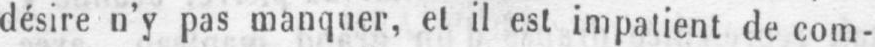
désire n’y pas manquer, et il est impatient de com-